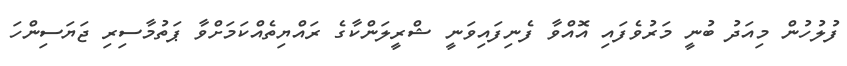
ފުލުހުން މިއަދު ބުނީ މަރުވެފައި އޮއްވާ ފެނިފައިވަނީ ޝްރީލަންކާގެ ރައްޔިތެއްކަމަށްވާ ޕަތުމާސިރި ޖަޔަސިންހަ